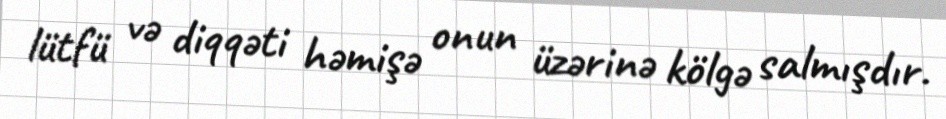
lütfü və diqqəti həmişə onun üzərinə kölgə salmışdır.